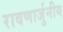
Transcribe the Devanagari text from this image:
रावणार्जुनीय